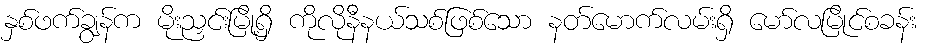
နှစ်ဖက်ချွန်က မိုးညှင်းမြို့ရှိ ကိုလိုနီနယ်သစ်ဖြစ်သော နတ်မောက်လမ်းရှိ မော်လမြိုင်စခန်း